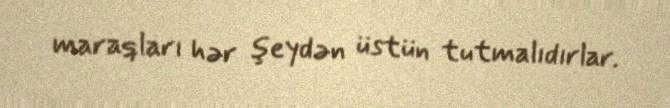
maraqları hər şeydən üstün tutmalıdırlar.